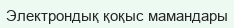
Электрондық қоқыс мамандары